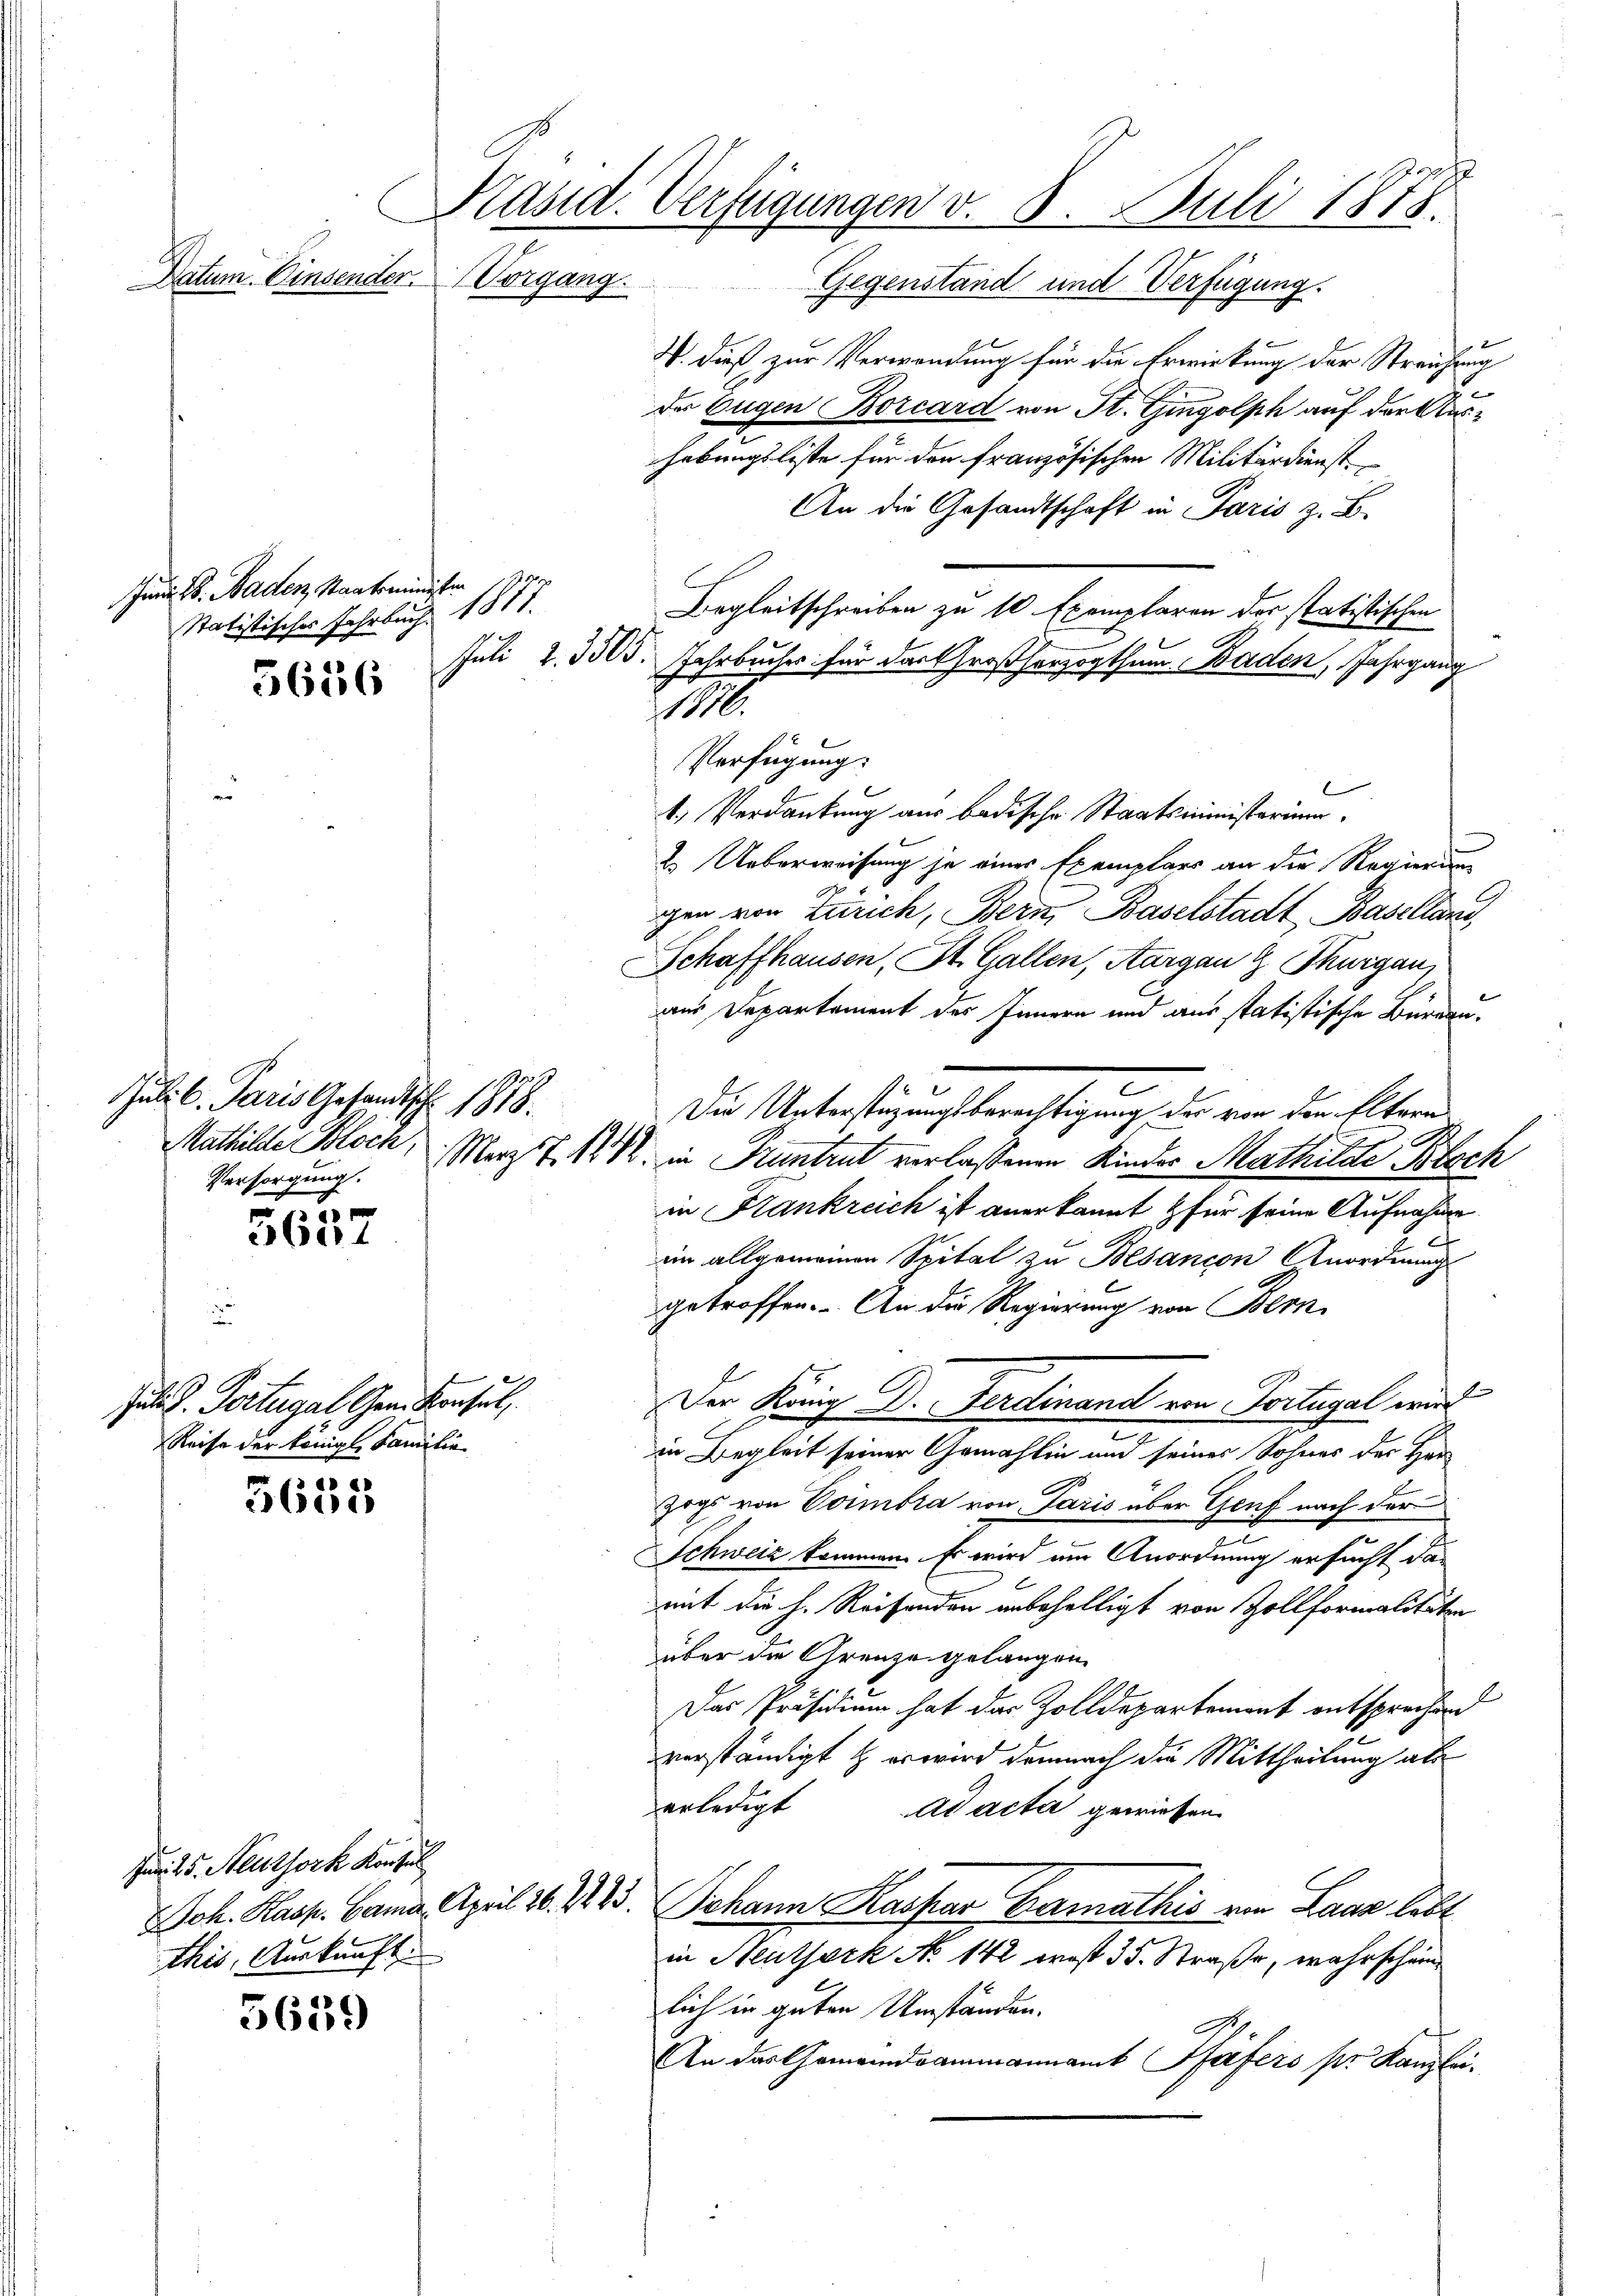
Datum. Einsender Vorgang.

Jund St. Baden, Staatsminister
Statistisches Jahrbuch 1817.
5636

Juli l. Paris Gesandtsch. 1878.
Versorgung.

1
5bil

Jur. v. Portugal Ger. Konsul,
Reise der königl. Familie

5655

5659

Präsid. Verfügungen v. 8. Juli 1878.

e

Juni 25. Heuthork Konsul
this, Auskunft

Gegenstand und Verfügung.
W. dieß zur Verwendung für die Erwirkung der Streichung
der Eugen Borcard von St. Gingolph auf der Aushebungsliste für den französischen Militärdienst
An die Gesandtschaft in Paris z. B.
Begleitschreiben zu 10 Exemplaren der statistischen
Juli 2. 3305. Jahrbucher für das Großherzogthum Baden, Jahrgang
1.
Verfügung:
1. Verdankung aus badische Staatsministerium
2. Ueberweisung je einer Exemplars an die Regierung
gen von Zürich, Bern, Baselstadt Baselland,
Schaffhausen, St. Gallen, Aargau G Thurgau,
aus Departement des Innern und aus statistische Büreaud
Die Unterstüzungsberechtigung der von den Eltern
Mathilde Bloch, Marz Z. 1272. in Pruntrut verlaßenen Kinder Mathilde Bloch
in Krankreich ist anerkannt & für seine Aufnahme
ein allgemeinen Spital zu Besançon Anordnung
getroffen. An die Regierung von Bern
Der König Dr. Ferdinand von Portugal wird
in Begleit seiner Gemahlin und seines Sohnes der Han
zogs von Voimbra von Paris über Genf nach der
Schweiz kommen. Es wird um Anordnung ersucht das
mit die h. Reifenden unbehelligt von Zollformalitäten
über die Grenze gelangen.
Das Präsidium hat das Zolldepartement entsprochend
verständigt & er wird demnach die Mittheilung als
erledigt
ad acta gewiesen.
Joh. Kasp. Camia. April 26. 1823. Johann Kaspar Garmathis von Laar lebt
in Neuthork No 142 woß 35. Straße, wahrscheinlich in guten Umständen.
An das Gemeindrammannamt Pfäfers pr. Kanzlei.